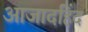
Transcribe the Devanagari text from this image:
आजादहिंद